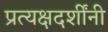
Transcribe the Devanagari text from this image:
प्रत्यक्षदर्शींनी